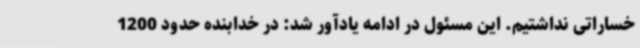
خساراتی نداشتیم. این مسئول در ادامه یادآور شد: در خدابنده حدود 1200